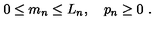
0 \le m _ { n } \le L _ { n } , \quad p _ { n } \ge 0 \ .